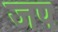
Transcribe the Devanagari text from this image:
जपः